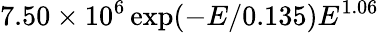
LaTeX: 7.50\times 10^{6}\exp(-E/0.135)E^{1.06}